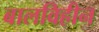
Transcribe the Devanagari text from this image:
बालविहीन